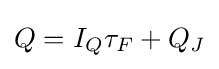
Q=I_{Q}\tau _{F}+Q_{J}